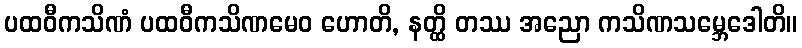
ပထဝီကသိဏံ ပထဝီကသိဏမေဝ ဟောတိ, နတ္ထိ တဿ အညော ကသိဏသမ္ဘေဒေါတိ။